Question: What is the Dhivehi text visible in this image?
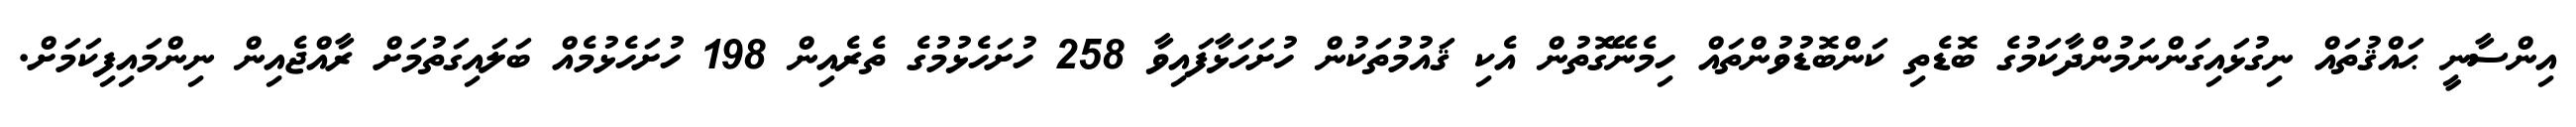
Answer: އިންސާނީ ޙައްޤުތައް ނިގުޅައިގަންނަމުންދާކަމުގެ ބޮޑެތި ކަންބޮޑުވުންތައް ހިމެނޭގޮތުން އެކި ޤައުމުތަކުން ހުށަހަޅާފައިވާ 258 ހުށަހެޅުމުގެ ތެރެއިން 198 ހުށަހެޅުމެއް ބަލައިގަތުމަށް ރާއްޖެއިން ނިންމައިފިކަމަށް.